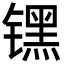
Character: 𬭶